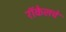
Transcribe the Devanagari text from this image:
रॉकेलचे